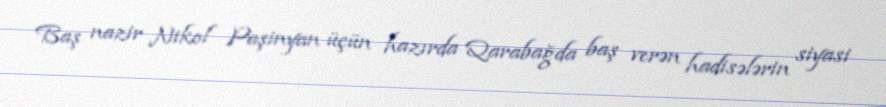
Baş nazir Nikol Paşinyan üçün hazırda Qarabağda baş verən hadisələrin siyasi